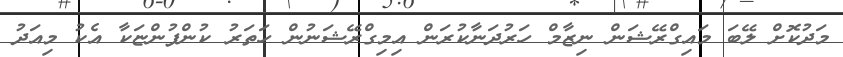
މަދުކޮށް ލޭބަ މައިގްރޭޝަން ނިޒާމް ހަރުދަނާކުރަން އިމިގްރޭޝަނުން ހަތަރު ކުންފުންޏަކާ އެކު މިއަދު